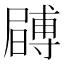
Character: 𭕶